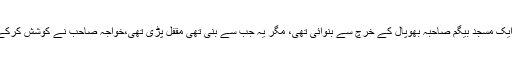
لندن سے کوئی پچیس میل کے فاصلے پر ووکنگ میں پروفیسر لائیز (سابق پرنسپل اوریئنٹل کالج لاہور) نے ایک مسجد بیگم صاحبہ بھوپال کے خرچ سے بنوائی تھی، مگر یہ جب سے بنی تھی مقفل پڑی تھی،خواجہ صاحب نے کوشش کرکے اس مسجد کو کھلوایااور ٹرسٹیان مسجد کی اجازت سے نومبر 1913ء میں مشن کو لندن سے یہاں منتقل کیا۔